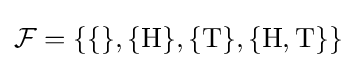
{\mathcal {F}}=\{\{\},\{{\text{H}}\},\{{\text{T}}\},\{{\text{H}},{\text{T}}\}\}